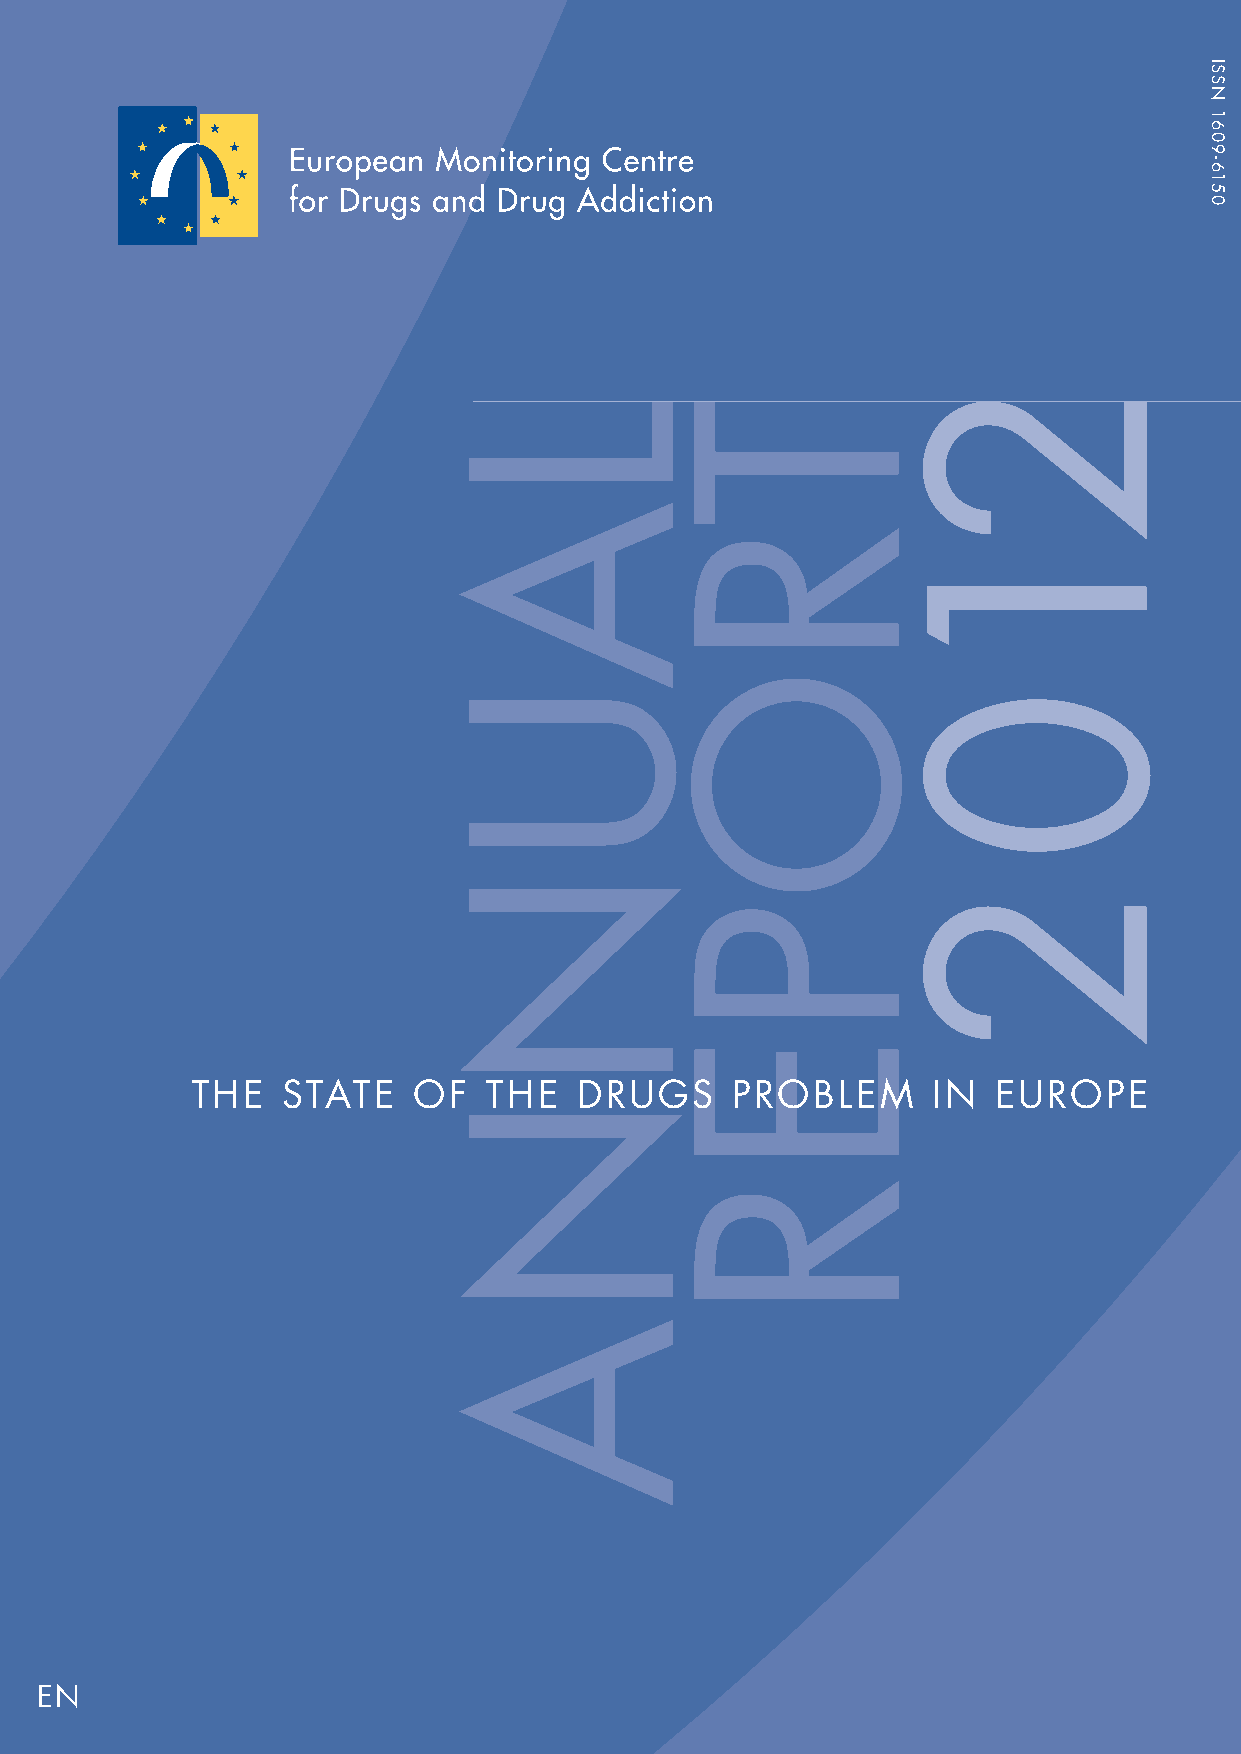
About the EMCDDA
 The European Monitoring Centre for Drugs and Drug Addiction (EMCDDA)
 is one of the European Union’s decentralised agencies. Established in 1993
 and based in Lisbon, it is the central source of comprehensive information
 on drugs and drug addiction in Europe.
 The EMCDDA collects, analyses and disseminates factual, objective,
 reliable and comparable information on drugs and drug addiction; in
 doing so, it provides its audience with an evidence-based picture of the
 drug phenomenon at European level.
 The Centre’s publications are a prime source of information for a wide
 audience including policymakers and their advisers; professionals and
 researchers working in the field of drugs; and, more broadly, the media
 and general public.
 The annual report presents the EMCDDA’s yearly overview of the drug
 phenomenon in the EU and is an essential reference for those seeking the
 latest findings on drugs in Europe.
 THE   STATE    OF   THE   DRUGS     PROBLEM      IN  EUROPE
 EN
 TD-AC-12-001-EN-C
 ANNUAL
 REPORT
 2012:
 THE
 STATE
 OF
 THE
 DRUGS
 PROBLEM
 IN
 EUROPE
 LAUNNA         TROPER
 210
 2
 ISSN
 1609-6150